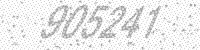
Solution: 905241